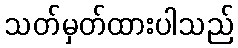
သတ်မှတ်ထားပါသည်